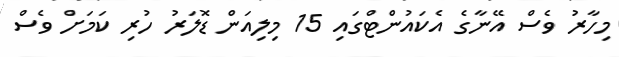
މިހާރު ވެސް އޭނާގެ އެކައުންޓްގައި 15 މިލިއަން ޑޮލަރު ހުރި ކަމަށް ވެސް